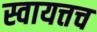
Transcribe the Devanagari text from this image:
स्वायत्तच